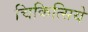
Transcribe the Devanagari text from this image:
चिकित्सिये